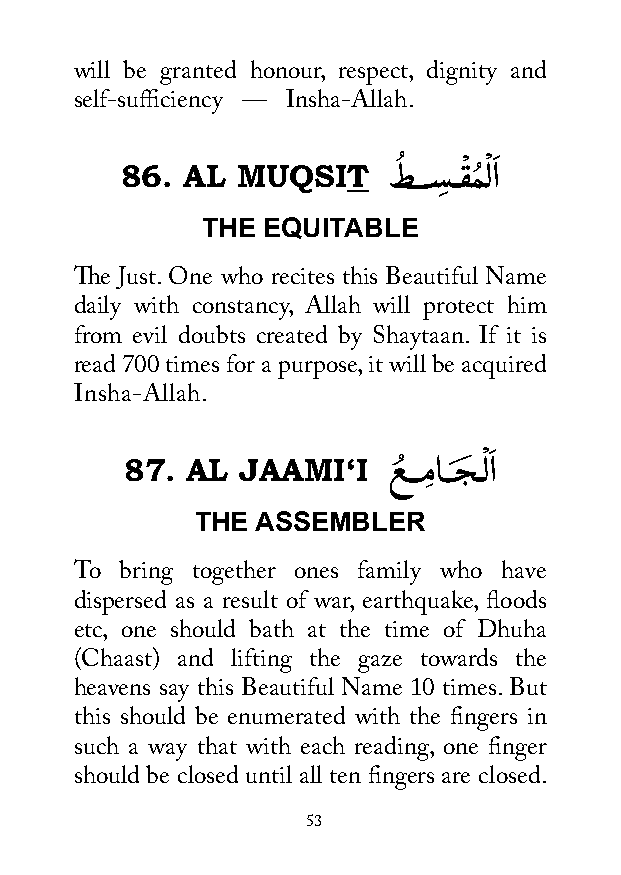
will be granted honour, respect, dignity and
 self-sufficiency — Insha-Allah.
 ُ    ْ ْ َ
 86. AL  MUQSIT    طـــسِ ـــقمُ لا
 THE EQUITABLE
 The Just. One who recites this Beautiful Name
 daily with constancy, Allah will protect him
 from evil doubts created by Shaytaan. If it is
 read 700 times for a purpose, it will be acquired
 Insha-Allah.
 ْ َ
 87. AL  JAAMI‘I   عُ ـــمِ اــجَ ـــلا
 THE ASSEMBLER
 To bring together ones family who have
 dispersed as a result of war, earthquake, floods
 etc, one should bath at the time of Dhuha
 (Chaast) and lifting the gaze towards the
 heavens say this Beautiful Name 10 times. But
 this should be enumerated with the fingers in
 such a way that with each reading, one finger
 should be closed until all ten fingers are closed.
 53